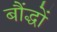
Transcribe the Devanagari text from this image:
बौंद्धों